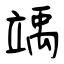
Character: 竬